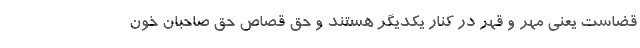
قضاست یعنی مِهر و قهر در کنار یکدیگر هستند و حق قصاص حق صاحبان خون